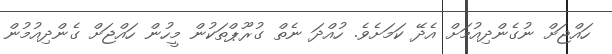
ހައްޖަށް ނުގެންދިއުމަށް އެދޭ ކަމަށެވެ. ހުއްދަ ނެތް ގުރޫޕްތަކުން މީހުން ހައްޖަށް ގެންދިއުމުން